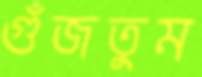
গুঁজতুম